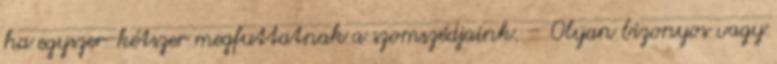
ha egyszer-kétszer megfuttatnak a szomszédjaink. – Olyan bizonyos vagy